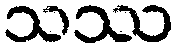
သဿ